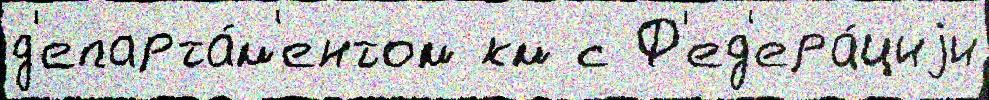
д'епарта́м'ентом км с Ф'ед'ера́циjи